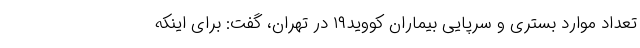
تعداد موارد بستری و سرپایی بیماران کووید۱۹ در تهران، گفت: برای اینکه